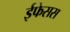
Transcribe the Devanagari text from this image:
ईफेसस